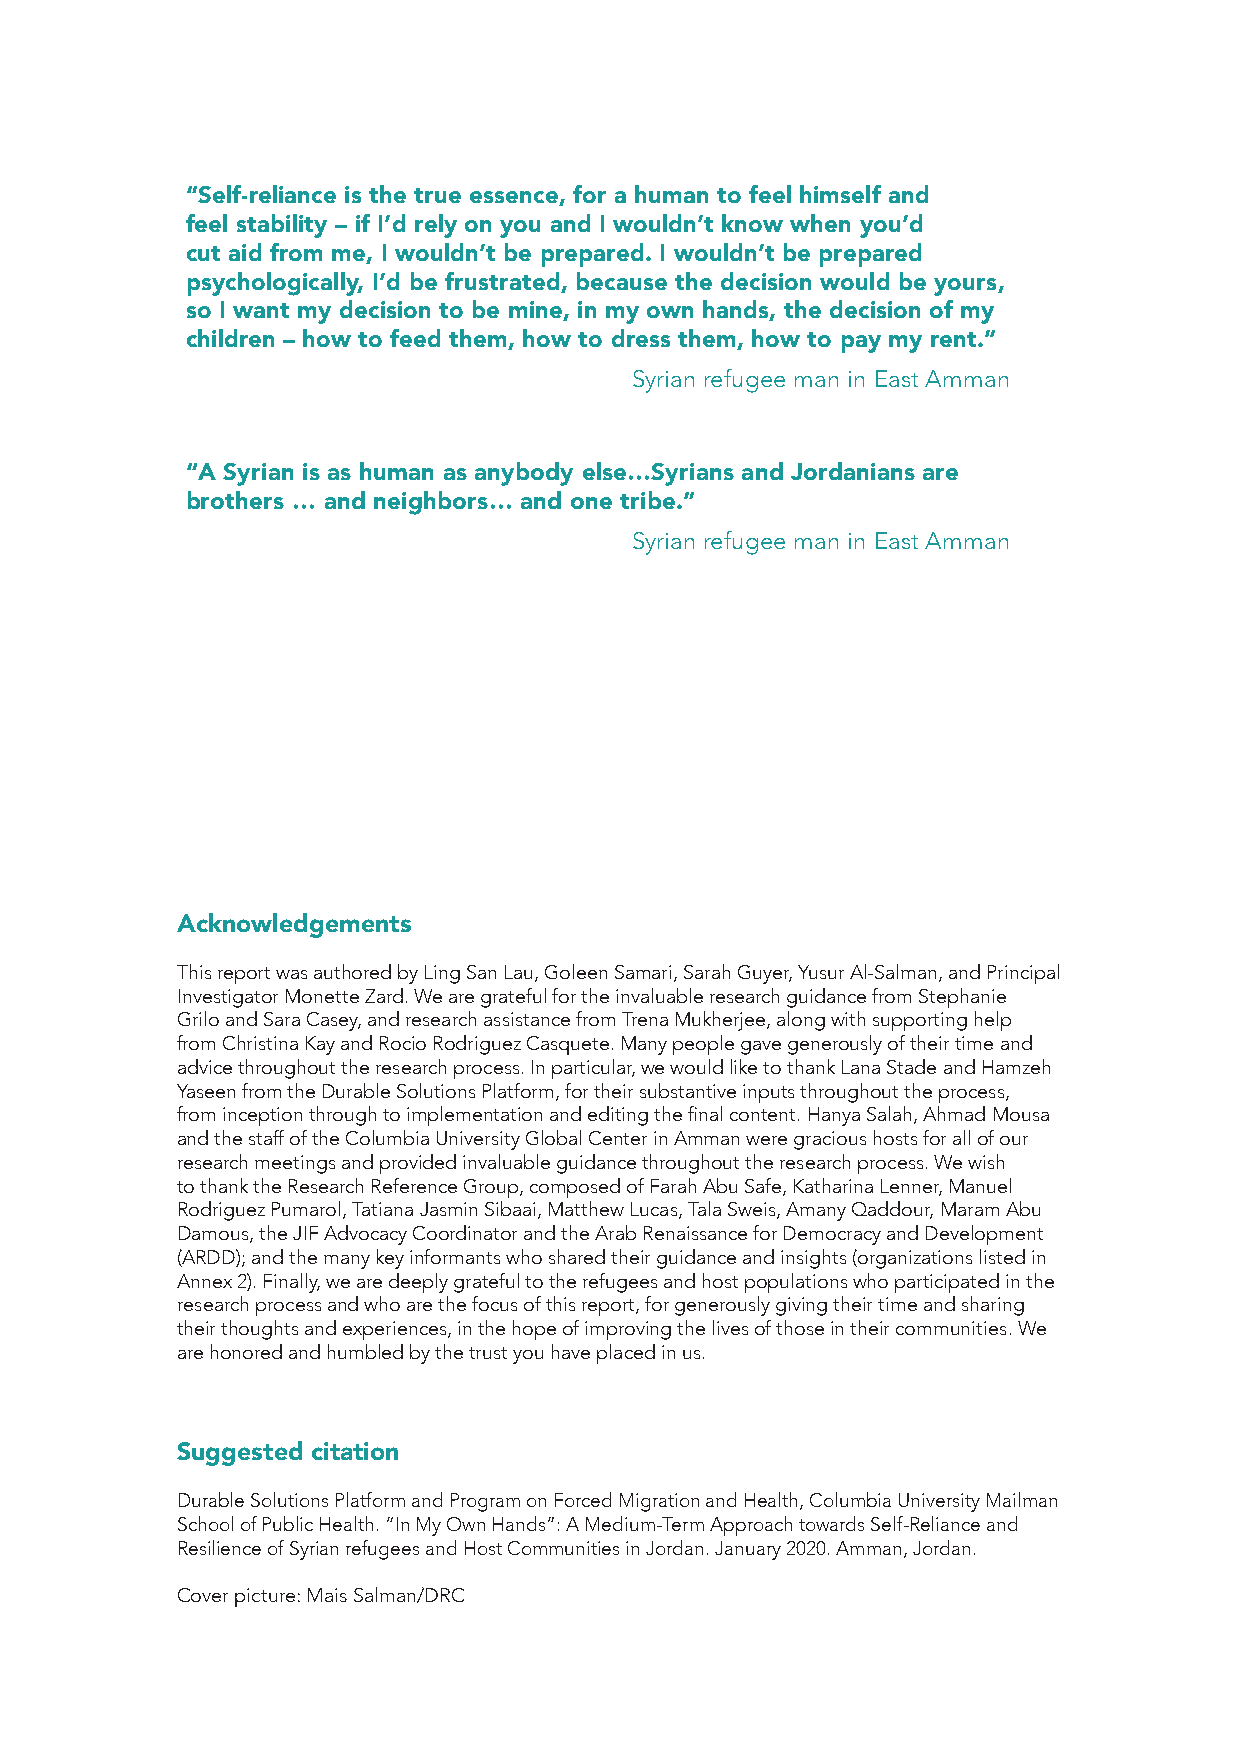
“Self-reliance is the true essence, for a human to feel himself and
 feel stability – if I’d rely on you and I wouldn’t know when you’d
 cut aid from me, I wouldn’t be prepared. I wouldn’t be prepared
 psychologically, I’d be frustrated, because the decision would be yours,
 so I want my decision to be mine, in my own hands, the decision of my
 children – how to feed them, how to dress them, how to pay my rent.”
 Syrian refugee man in East Amman
 “A Syrian is as human as anybody else…Syrians and Jordanians are
 brothers … and neighbors… and one tribe.”
 Syrian refugee man in East Amman
 Acknowledgements
 This report was authored by Ling San Lau, Goleen Samari, Sarah Guyer, Yusur Al-Salman, and Principal
 Investigator Monette Zard. We are grateful for the invaluable research guidance from Stephanie
 Grilo and Sara Casey, and research assistance from Trena Mukherjee, along with supporting help
 from Christina Kay and Rocio Rodriguez Casquete. Many people gave generously of their time and
 advice throughout the research process. In particular, we would like to thank Lana Stade and Hamzeh
 Yaseen from the Durable Solutions Platform, for their substantive inputs throughout the process,
 from inception through to implementation and editing the final content. Hanya Salah, Ahmad Mousa
 and the staff of the Columbia University Global Center in Amman were gracious hosts for all of our
 research meetings and provided invaluable guidance throughout the research process. We wish
 to thank the Research Reference Group, composed of Farah Abu Safe, Katharina Lenner, Manuel
 Rodriguez Pumarol, Tatiana Jasmin Sibaai, Matthew Lucas, Tala Sweis, Amany Qaddour, Maram Abu
 Damous, the JIF Advocacy Coordinator and the Arab Renaissance for Democracy and Development
 (ARDD); and the many key informants who shared their guidance and insights (organizations listed in
 Annex 2). Finally, we are deeply grateful to the refugees and host populations who participated in the
 research process and who are the focus of this report, for generously giving their time and sharing
 their thoughts and experiences, in the hope of improving the lives of those in their communities. We
 are honored and humbled by the trust you have placed in us.
 Suggested citation
 Durable Solutions Platform and Program on Forced Migration and Health, Columbia University Mailman
 School of Public Health. “In My Own Hands”: A Medium-Term Approach towards Self-Reliance and
 Resilience of Syrian refugees and Host Communities in Jordan. January 2020. Amman, Jordan.
 Cover picture: Mais Salman/DRC